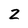
Character: 2